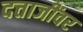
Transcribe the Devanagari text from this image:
दत्ताजींवर